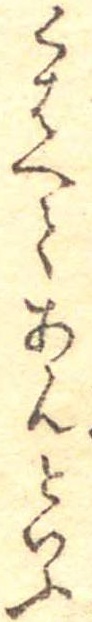
くはへてあんといふ